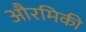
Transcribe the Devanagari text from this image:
औरमिकी